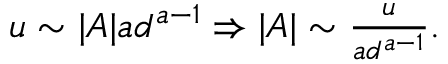
\begin{array} { r } { u \sim | A | a d ^ { a - 1 } \Rightarrow | A | \sim \frac { u } { a d ^ { a - 1 } } . } \end{array}